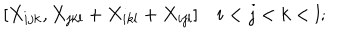
[ X _ { i j k } , X _ { j k l } + X _ { i k l } + X _ { i j l } ] \quad i < j < k < l ;